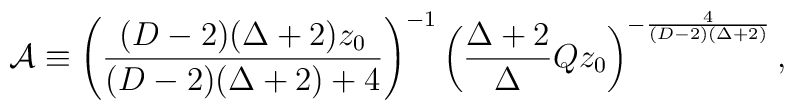
{\cal A}\equiv \left({{(D-2)(\Delta+2)z_0}\over{(D-2)(\Delta+2)+4}}\right)^{-1}\left({{\Delta+2}\over\Delta}Qz_0\right)^{-{4\over{(D-2)(\Delta+2)}}},